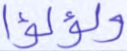
ولؤلؤا